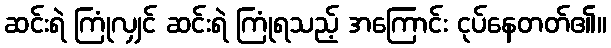
ဆင်းရဲ ကြုံလျှင် ဆင်းရဲ ကြုံရသည့် အကြောင်း ငုပ်နေတတ်၏။